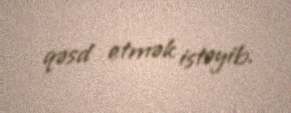
qəsd etmək istəyib.